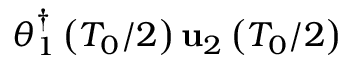
\boldsymbol { \theta } _ { 1 } ^ { \dagger } \left( T _ { 0 } / 2 \right) { \bf u } _ { 2 } \left( T _ { 0 } / 2 \right)